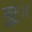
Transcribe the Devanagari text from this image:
गुरुः।।